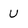
Character: u